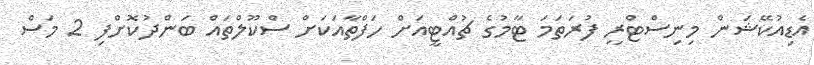
އެޑިއުކޭޝަން މިނިސްޓްރީ ފުރަތަމަ ޓާމުގެ ޗުއްޓީއަށް ހަފްތާއަކަށް ސްކޫލްތައް ބަންދުކޮށްފި 2 މަސް